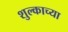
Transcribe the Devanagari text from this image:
शुल्काच्या